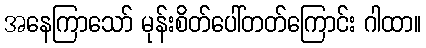
အနေကြာသော် မုန်းစိတ်ပေါ်တတ်ကြောင်း ဂါထာ။